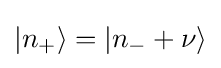
|n_{+}\rangle =|n_{-}+\nu \rangle